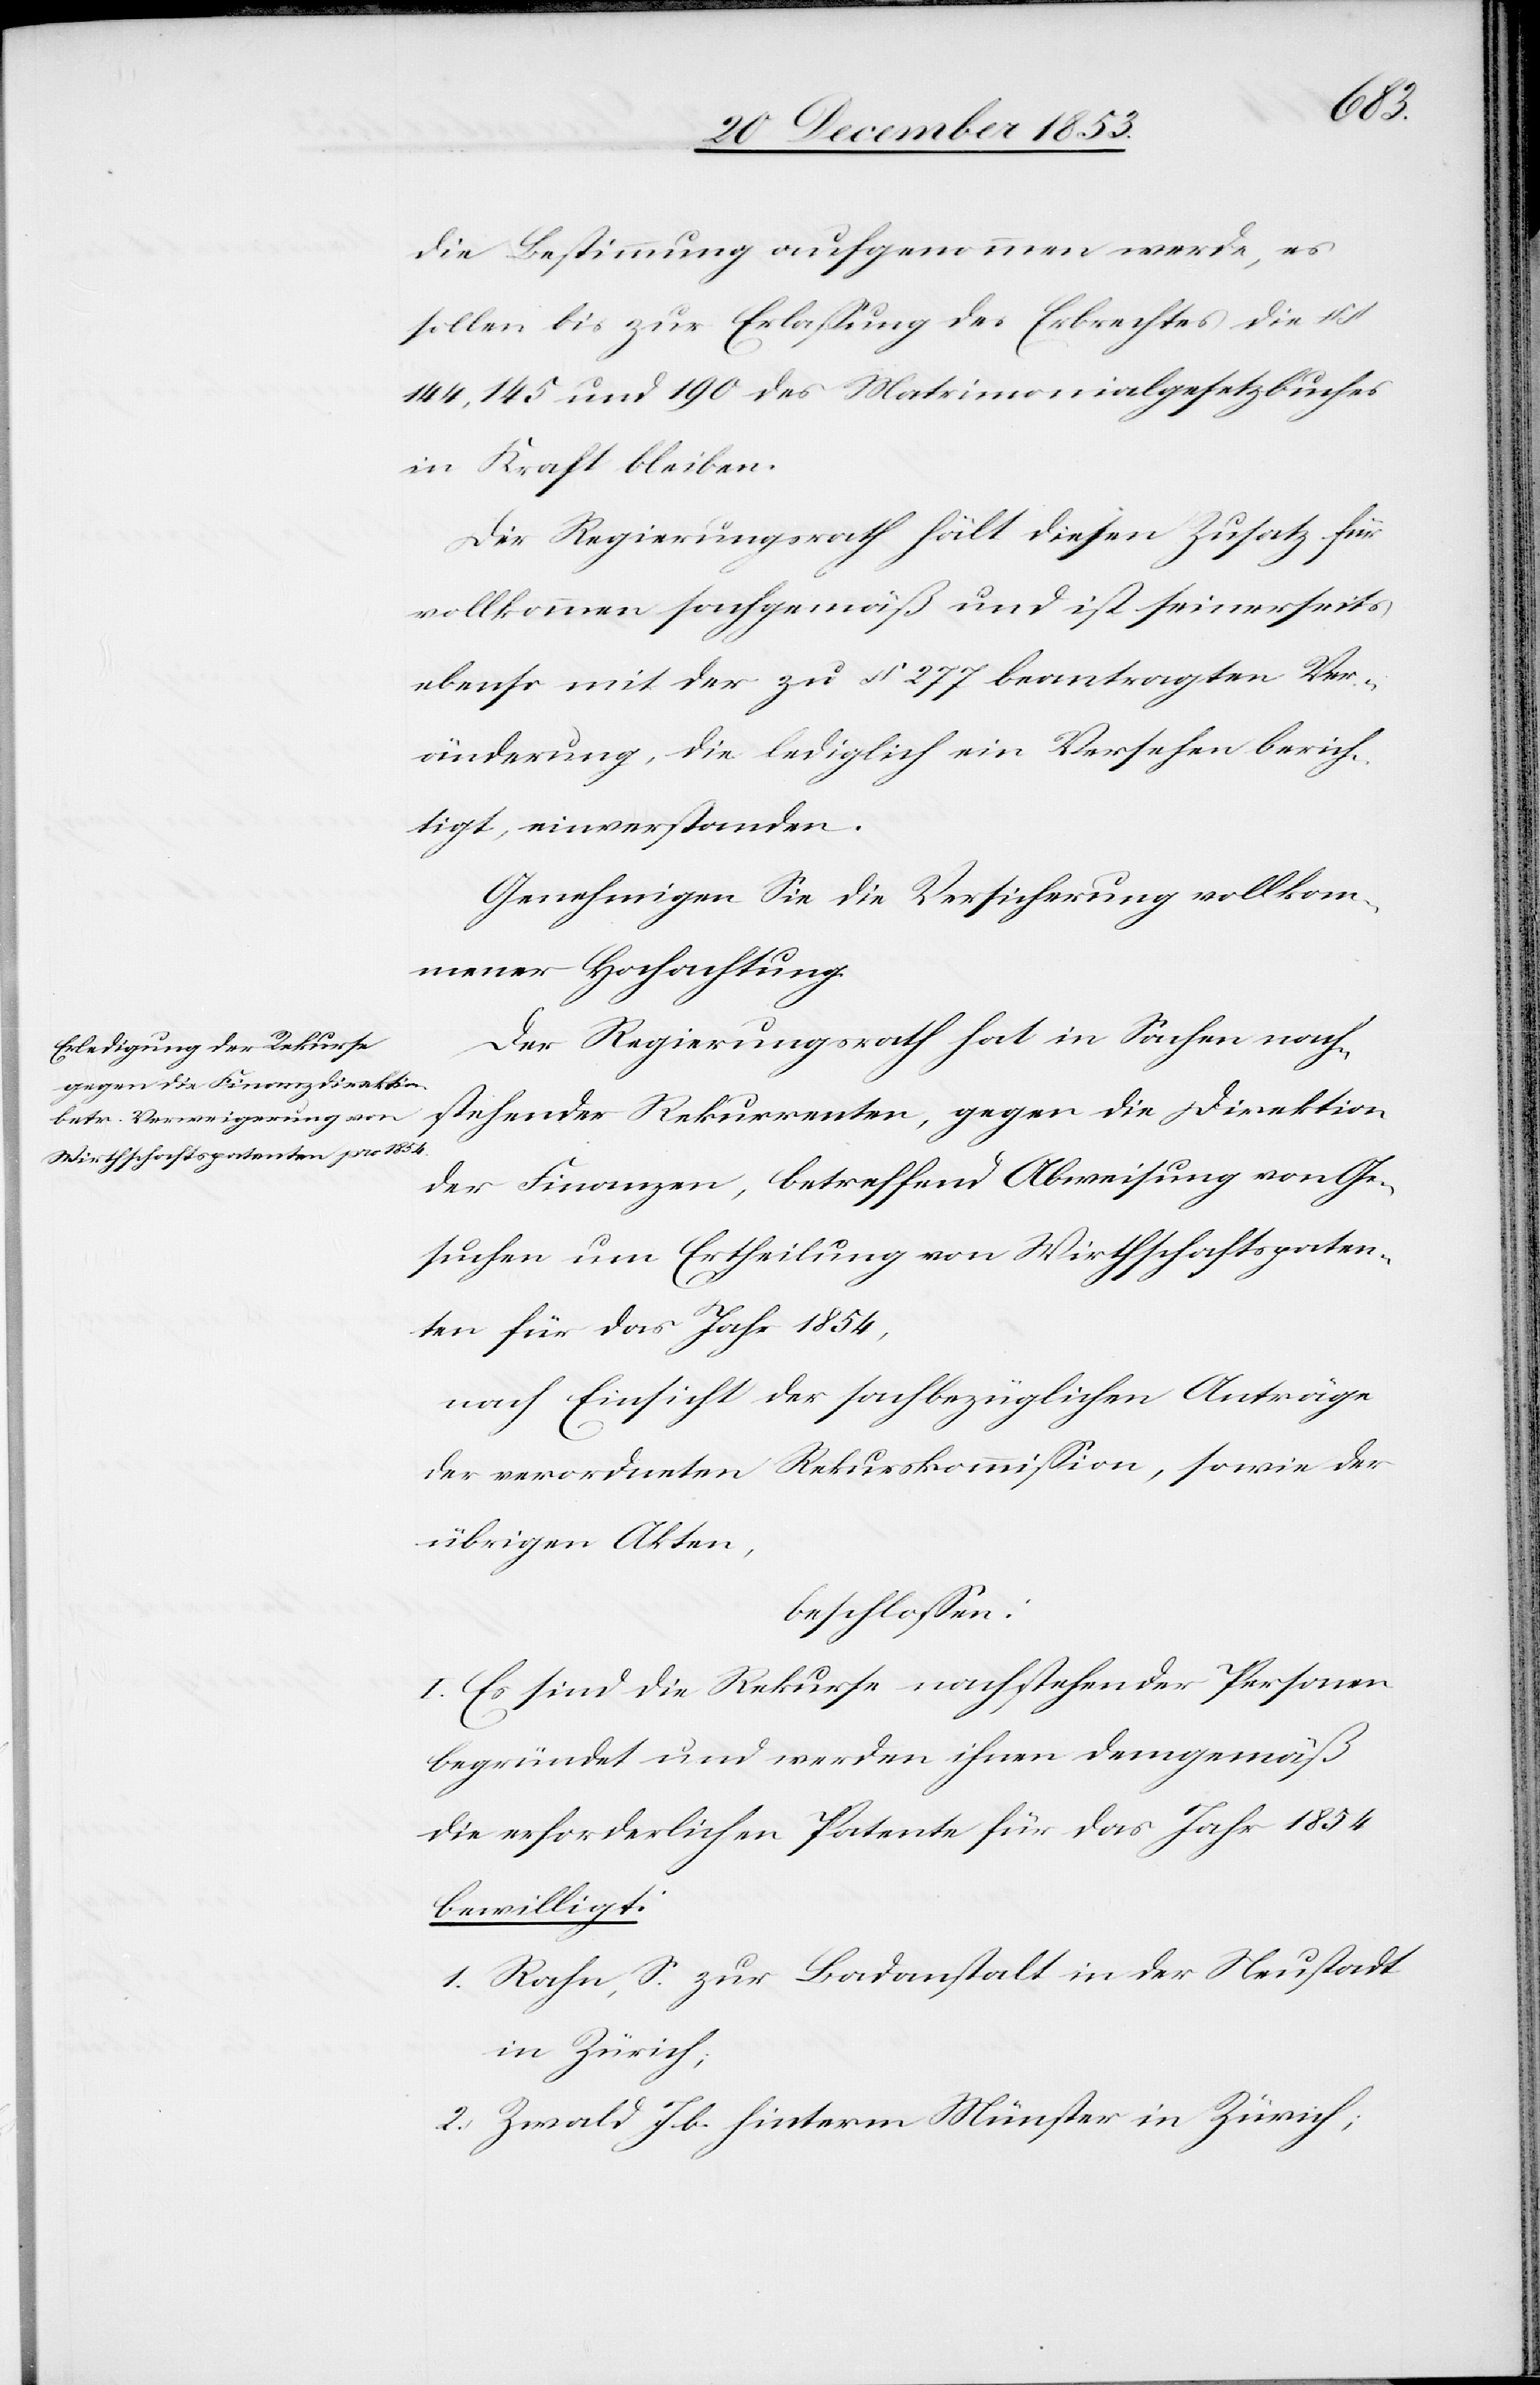
die Bestimmung aufgenommen werde, es
sollen bis zur Erlaßung des Erbrechtes die §§
144, 145 und 190 des Matrimonialgesetzbuches
in Kraft bleiben.
Der Regierungsrath hält diesen Zusatz für
vollkommen sachgemäß und ist seinerseits
ebenso mit der zu § 227 beantragten Ver¬
änderung, die lediglich ein Versehen berich¬
tigt, einverstanden.
Genehmigen Sie die Versicherung vollkom¬
mener Hochachtung.
Der Regierungsrath hat in Sachen nach¬
stehender Rekurrenten, gegen die Direktion
der Finanzen, betreffend Abweisung von Ge¬
suchen um Ertheilung von Wirthschaftspaten¬
ten für das Jahr 1854,
nach Einsicht der sachbezüglichen Anträge
der verordneten Rekurskommißion, sowie der
übrigen Akten,
beschloßen:
I. Es sind die Rekurse nachstehender Personen
begründet und werden ihnen demgemäß
die erforderlichen Patente für das Jahr 1854
bewilligt:
1. Rahn, S. zur Badanstalt in der Neustadt
in Zürich;
2. Zwald Jb. hinterm Münster in Zürich;